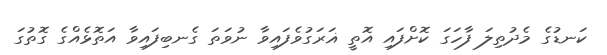
ކަނޑުގެ މެދުތިލަ ފާހަގަ ކޮށްފައި އޮތީ ޣަރަގުވެފައިވާ ނުވަތަ ގެނބިފައިވާ އަތޮޅެއްގެ ގޮތުގަ